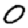
Digit: 0